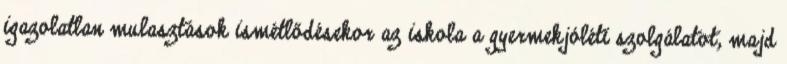
igazolatlan mulasztások ismétlődésekor az iskola a gyermekjóléti szolgálatot, majd